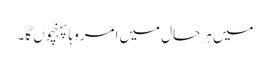
میں ہر حال میں امروہا پہنچوں گا۔